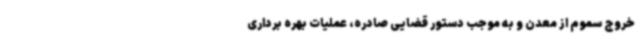
خروج سموم از معدن و به موجب دستور قضایی صادره، عملیات بهره برداری